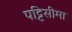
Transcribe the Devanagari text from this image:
पट्टिसीमा